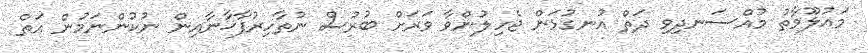
މައުލޫމާތު މުއްސަނދިވި ދަތް އުނގުޅަން ޖެހިލުންވާ ވަރަށް ބުރުސް ނުތާހިރުފާޚާނާއިން ނުކުންނަމުން އަތް